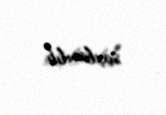
saxlanılıb.